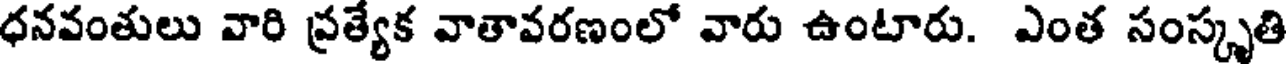
ధనవంతులు వారి ప్రత్యేక వాతావరణంలో వారు ఉంటారు. ఎంత సంస్కృతి